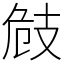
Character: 㩻